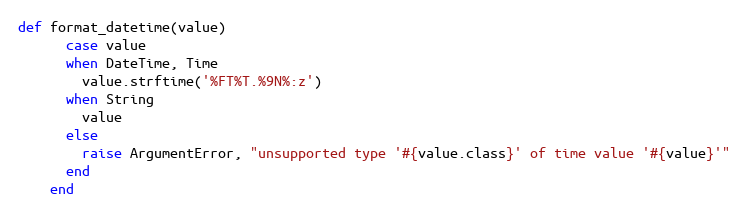
Language: Ruby
def format_datetime(value)
      case value
      when DateTime, Time
        value.strftime('%FT%T.%9N%:z')
      when String
        value
      else
        raise ArgumentError, "unsupported type '#{value.class}' of time value '#{value}'"
      end
    end